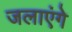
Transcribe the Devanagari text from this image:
जलाएंगे